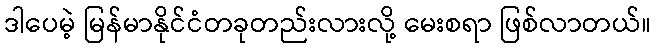
ဒါပေမဲ့ မြန်မာနိုင်ငံတခုတည်းလားလို့ မေးစရာ ဖြစ်လာတယ်။